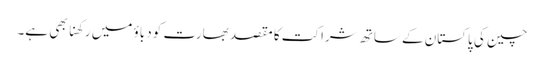
چین کی پاکستان کے ساتھ شراکت کا مقصد بھارت کو دباؤ میں رکھنا بھی ہے۔